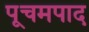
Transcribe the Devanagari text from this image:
पूचमपाद